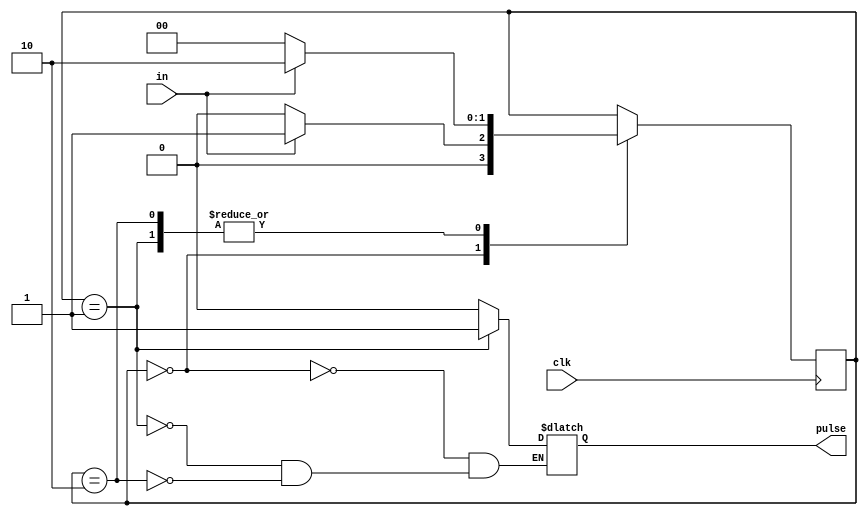
`timescale 1ns / 1ps
//////////////////////////////////////////////////////////////////////////////////
// Company: 
// Engineer: 
// 
// Design Name: 
// Module Name: pulse
// Project Name: 
// Target Devices: 
// Tool Versions: 
// Description: 
// 
// Dependencies: 
// 
// Revision:
// Revision 0.01 - File Created
// Additional Comments:
// 
//////////////////////////////////////////////////////////////////////////////////


module pulse(
    input clk,
    input in,
    output reg pulse
    );
    parameter S0=2'b00,S1=2'b01,S2=2'b10;
    reg [1:0]state=S0;
        
    always @(posedge clk)
        case(state)
        S0:begin
            if(in)    state<=S1;
            else state<=S0;
           end
        S1:begin
            if(in)    state<=S2;
            else state<=S0;
            end
        S2:begin
            if(in)    state<=S2;
            else state<=S0;
           end
       endcase
    
    always @(state)
        case(state)
        S0:begin
            pulse=0;
           end
        S1:begin
            pulse=1;
           end
        S2:begin
            pulse=0;
           end
        endcase
endmodule